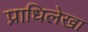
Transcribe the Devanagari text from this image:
प्राधिलेखा